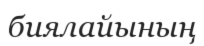
биялайының